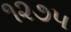
૧૨૭૫